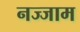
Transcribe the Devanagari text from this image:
नज्जाम